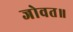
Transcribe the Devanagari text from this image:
जोवत॥